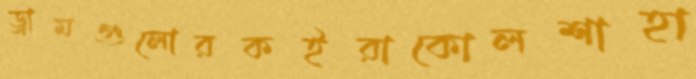
ড্রামগুলোরকইরাকোলশাহা